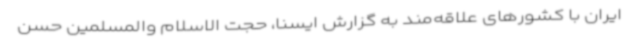
ایران با کشورهای علاقه‌مند به گزارش ایسنا، حجت الاسلام والمسلمین حسن